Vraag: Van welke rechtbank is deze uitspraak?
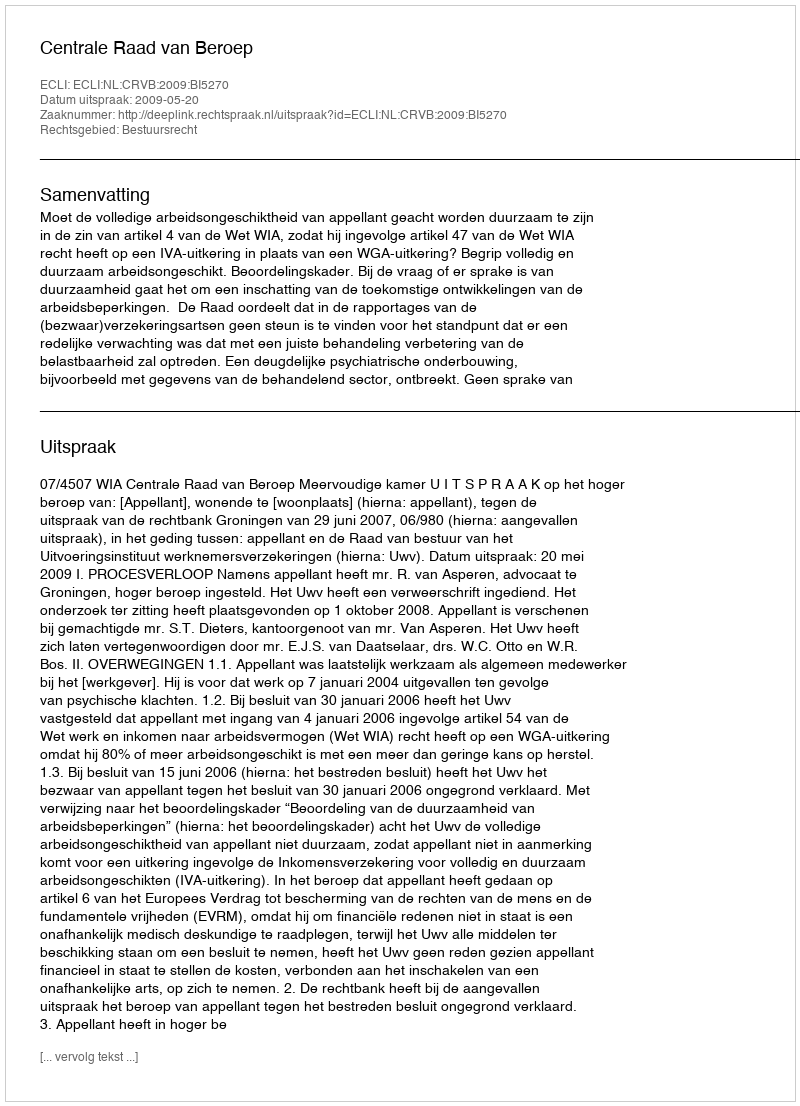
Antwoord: Centrale Raad van Beroep